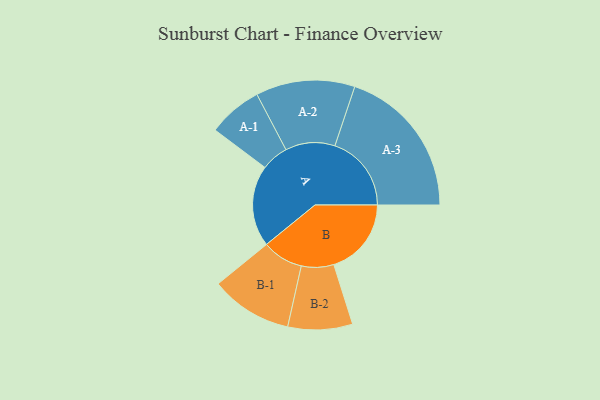
{"axis": {"x": "Segment", "y": "Value"}, "legend": ["", "A", "B"], "data": [{"x": "A", "y": 302, "type": ""}, {"x": "B", "y": 288, "type": ""}, {"x": "A-1", "y": 101, "type": "A"}, {"x": "A-2", "y": 184, "type": "A"}, {"x": "A-3", "y": 284, "type": "A"}, {"x": "B-1", "y": 152, "type": "B"}, {"x": "B-2", "y": 120, "type": "B"}]}